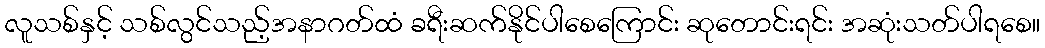
လူသစ်နှင့် သစ်လွင်သည့်အနာဂတ်ထံ ခရီးဆက်နိုင်ပါစေကြောင်း ဆုတောင်းရင်း အဆုံးသတ်ပါရစေ။